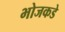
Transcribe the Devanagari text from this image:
भोजकडे